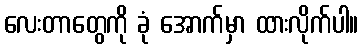
လေးတာတွေကို ခုံ အောက်မှာ ထားလိုက်ပါ။